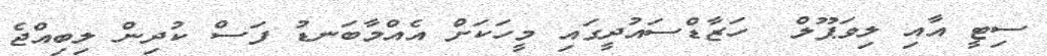
ސިޓީ އާއި ލިވަޕޫލް  ހަޒާޑްސައުދީގައި މީހަކަށް އެއްމާބަނޑު ފަސް ކުދިން ލިބިއްޖެ